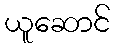
ယူဆောင်